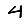
Digit: 4